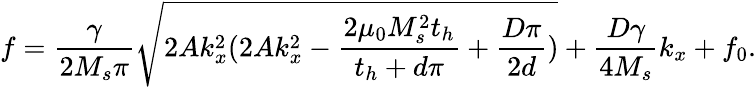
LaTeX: f=\frac{\gamma}{2M_{s}\pi}\sqrt{2Ak_{x}^{2}(2Ak_{x}^{2}-\frac{2\mu_{0}M_{s}^{2}t_{h}}{t_{h}+d\pi}+\frac{D\pi}{2d})}+\frac{D\gamma}{4M_{s}}k_{x}+f_{0}.